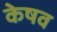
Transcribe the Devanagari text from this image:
केषव